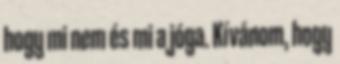
hogy mi nem és mi a jóga. Kívánom, hogy